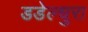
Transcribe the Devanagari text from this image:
डडेल्धुरा